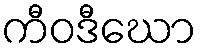
ကီဝဒီဃော